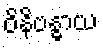
ဝိနိဗန္ဓာယ